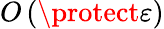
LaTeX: O\left(\protect\varepsilon\right)